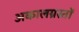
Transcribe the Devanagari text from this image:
अकालग्रस्तों